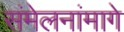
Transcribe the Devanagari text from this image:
संमेलनांमागे